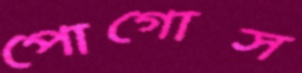
পোগোস